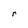
Character: r